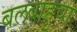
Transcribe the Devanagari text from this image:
बलबाहुचा